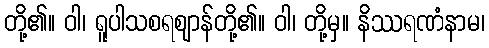
တို့၏။ ဝါ၊ ရူပါသစရဈာန်တို့၏။ ဝါ၊ တို့မှ။ နိဿရဏံနာမ၊